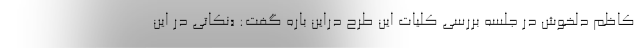
کاظم دلخوش در جلسه بررسی کلیات این طرح دراین باره گفت: «نکاتی در این